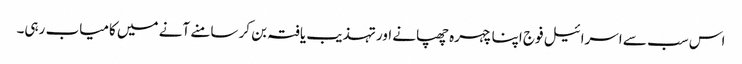
اس سب سے اسرائیل فوج اپنا چہرہ چھپانے اور تہذیب یافتہ بن کر سامنے آنے میں کامیاب رہی۔